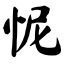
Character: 怩